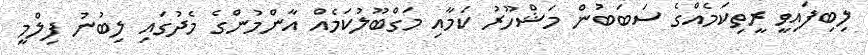
ލިބިފައިވީ ރީތިކަމެއްގެ ސަބަބުން މަޝްހޫރު ކަމާއި މަގްބޫލުކަމެއް އާންމުންގެ މެދުގައި ލިބުނު ފިލްމީ